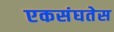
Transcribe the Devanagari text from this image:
एकसंघतेस